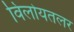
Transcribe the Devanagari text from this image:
विलोयतलर